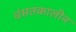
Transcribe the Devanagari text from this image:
वंसतकालीन